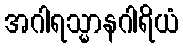
အဂါရသ္မာနဂါရိယံ